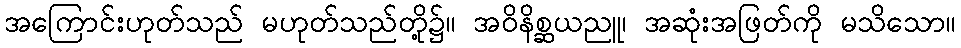
အကြောင်းဟုတ်သည် မဟုတ်သည်တို့၌။ အဝိနိစ္ဆယညူ၊ အဆုံးအဖြတ်ကို မသိသော။